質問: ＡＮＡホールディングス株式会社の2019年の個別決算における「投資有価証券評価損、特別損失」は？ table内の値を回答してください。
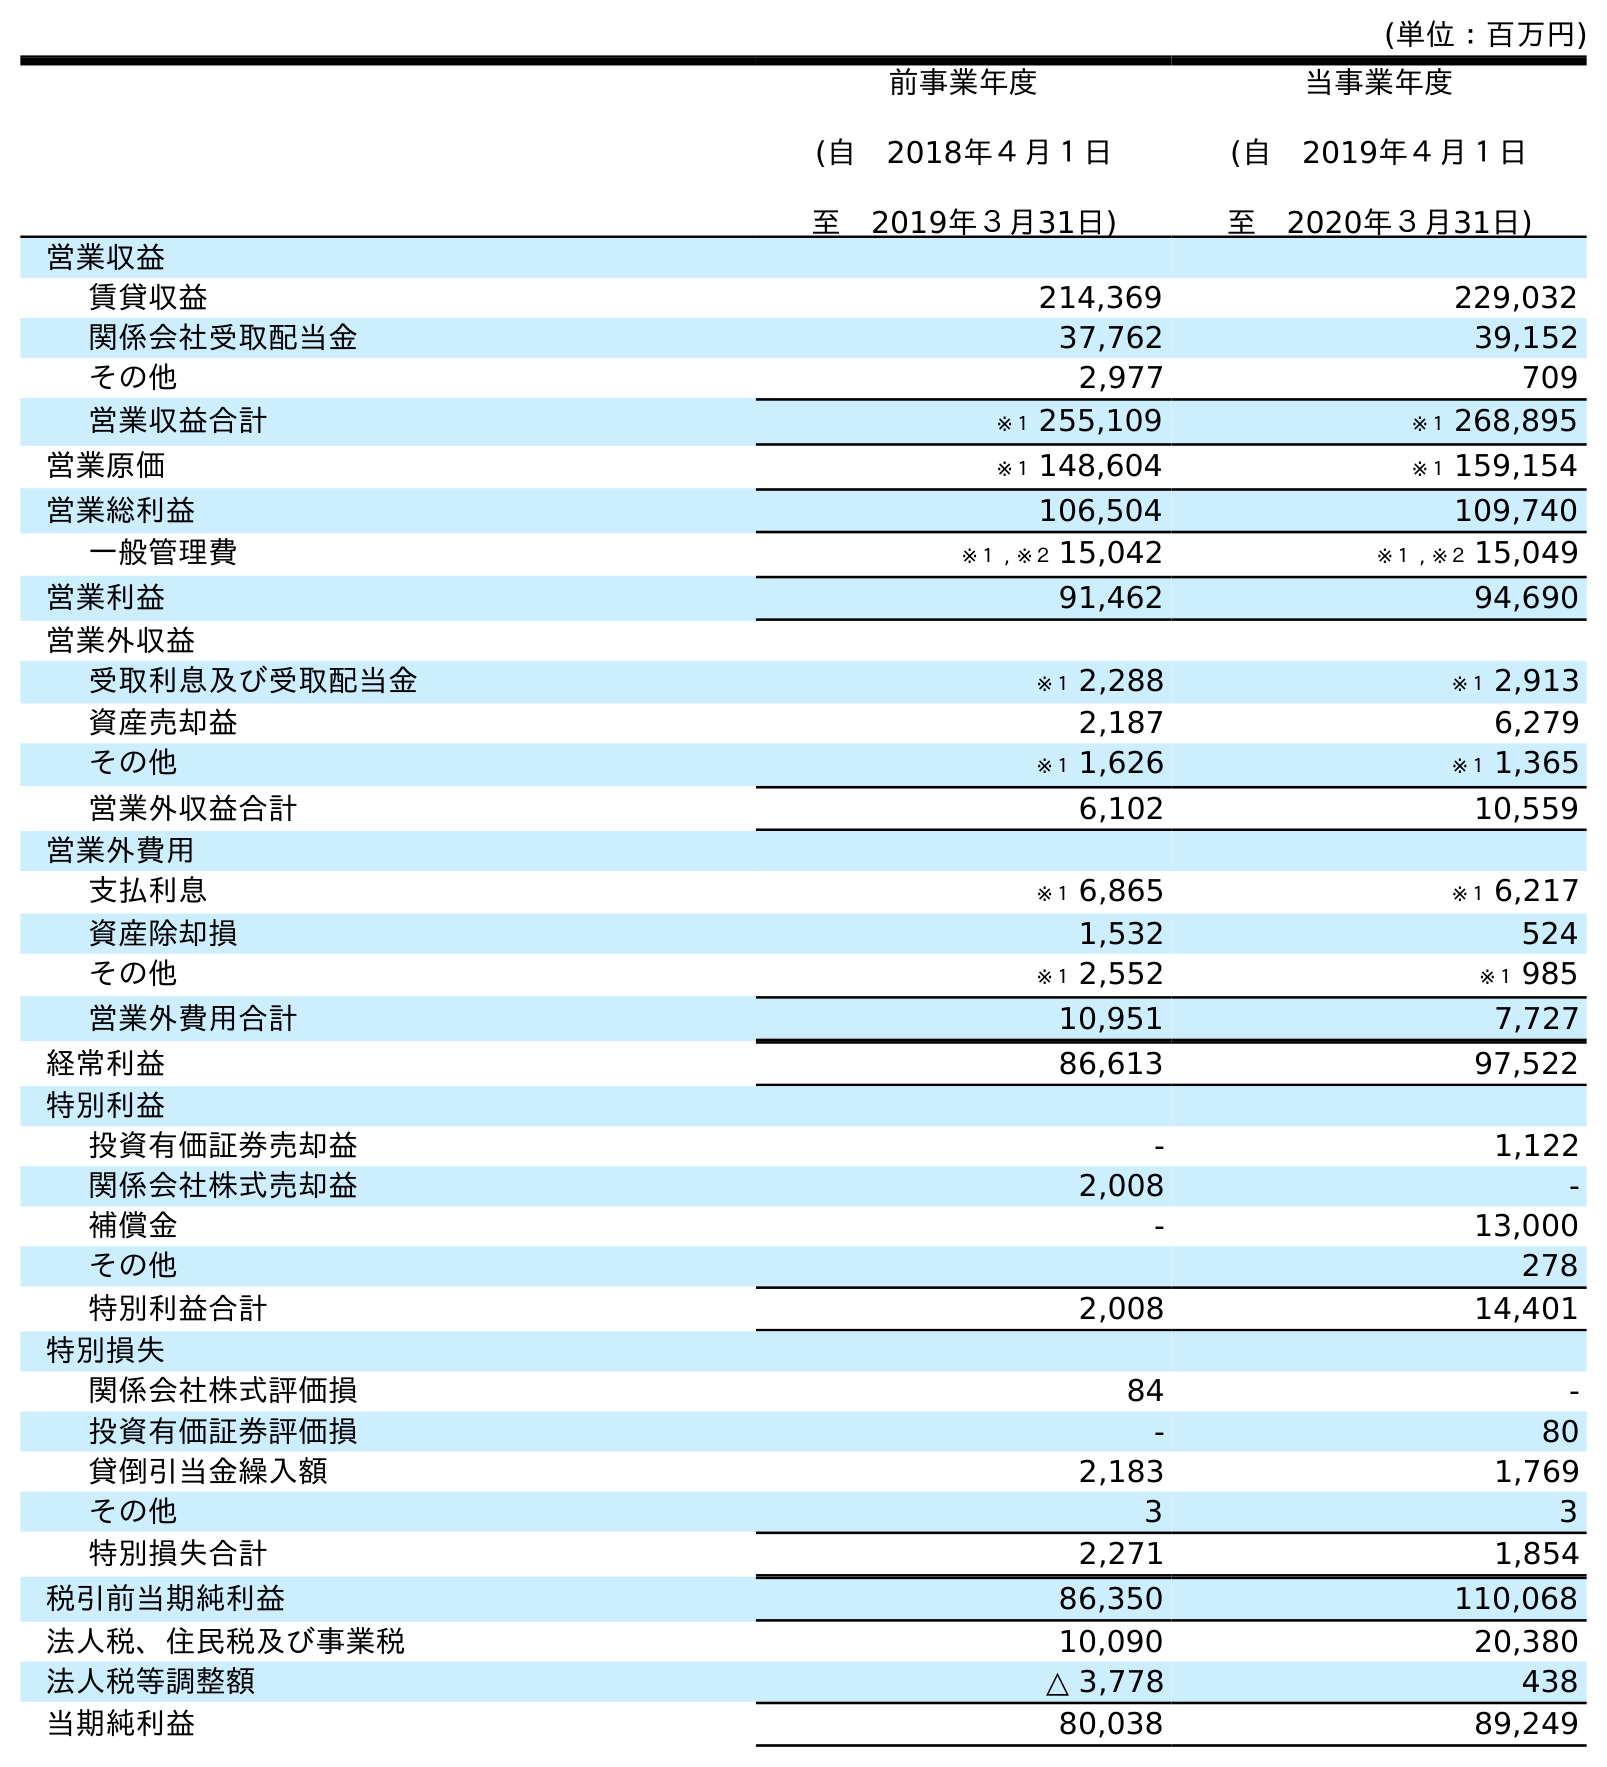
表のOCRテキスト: (単位：百万円) 前事業年度 (自 2018年４月１日 至 2019年３月31日) 当事業年度 (自 2019年４月１日 至 2020年３月31日) 営業収益 賃貸収益 214,369 229,032 関係会社受取配当金 37,762 39,152 その他 2,977 709 営業収益合計 ※１ 255,109 ※１ 268,895 営業原価 ※１ 148,604 ※１ 159,154 営業総利益 106,504 109,740 一般管理費 ※１ , ※２ 15,042 ※１ , ※２ 15,049 営業利益 91,462 94,690 営業外収益 受取利息及び受取配当金 ※１ 2,288 ※１ 2,913 資産売却益 2,187 6,279 その他 ※１ 1,626 ※１ 1,365 営業外収益合計 6,102 10,559 営業外費用 支払利息 ※１ 6,865 ※１ 6,217 資産除却損 1,532 524 その他 ※１ 2,552 ※１ 985 営業外費用合計 10,951 7,727 経常利益 86,613 97,522 特別利益 投資有価証券売却益 - 1,122 関係会社株式売却益 2,008 - 補償金 - 13,000 その他 278 特別利益合計 2,008 14,401 特別損失 関係会社株式評価損 84 - 投資有価証券評価損 - 80 貸倒引当金繰入額 2,183 1,769 その他 3 3 特別損失合計 2,271 1,854 税引前当期純利益 86,350 110,068 法人税、住民税及び事業税 10,090 20,380 法人税等調整額 △ 3,778 438 当期純利益 80,038 89,249
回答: -